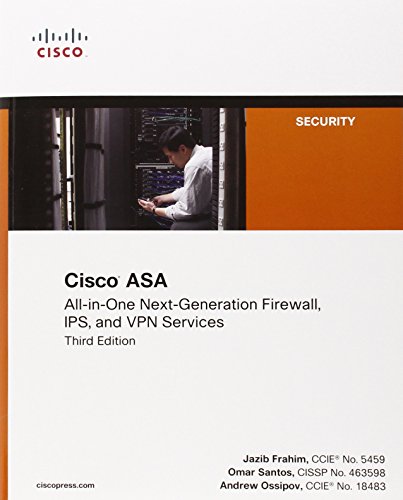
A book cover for Cisco ASA: All-in-one Next-Generation Firewall, IPS, and VPN Services (3rd Edition); Jazib Frahim; Computers & Technology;